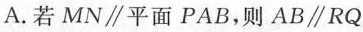
A.若MN∥平面PAB，则AB∥RQ